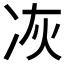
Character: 𠗇